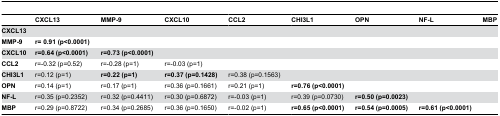
|  | CXCL13 | MMP-9 | CXCL10 | CCL2 | CHI3L1 | OPN | NF-L | MBP |
 | --- | --- | --- | --- | --- | --- | --- | --- | --- |
 | CXCL13 |  |  |  |  |  |  |  |  |
 | MMP-9 | r= 0.91 (p<0.0001) |  |  |  |  |  |  |  |
 | CXCL10 | r=0.64 (p<0.0001) | r=0.73 (p<0.0001) |  |  |  |  |  |  |
 | CCL2 | r=-0.32 (p=0.52) | r=-0.28 (p=1) | r=-0.03 (p=1) |  |  |  |  |  |
 | CHI3L1 | r=0.12 (p=1) | r=0.22 (p=1) | r=0.37 (p=0.1428) | r=0.38 (p=0.1563) |  |  |  |  |
 | OPN | r=0.14 (p=1) | r=0.17 (p=1) | r=0.36 (p=0.1661) | r=0.21 (p=1) | r=0.76 (p<0.0001) |  |  |  |
 | NF-L | r=0.35 (p=0.2352) | r=0.32 (p=0.4411) | r=0.30 (p=0.6872) | r=-0.03 (p=1) | r=0.39 (p=0.0730) | r=0.50 (p=0.0023) |  |  |
 | MBP | r=0.29 (p=0.8722) | r=0.34 (p=0.2685) | r=0.36 (p=0.1650) | r=-0.02 (p=1) | r=0.65 (p<0.0001) | r=0.54 (p=0.0005) | r=0.61 (p<0.0001) |  |